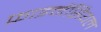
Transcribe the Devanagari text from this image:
फ़ाइनेंसियल